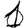
Digit: 1